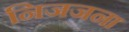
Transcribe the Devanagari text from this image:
निजजना